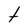
Character: t